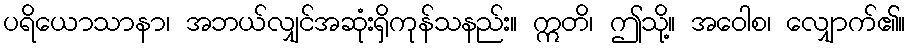
ပရိယောသာနာ၊ အဘယ်လျှင်အဆုံးရှိကုန်သနည်း။ ဣတိ၊ ဤသို့။ အဝေါစ၊ လျှောက်၏။